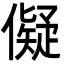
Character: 儗